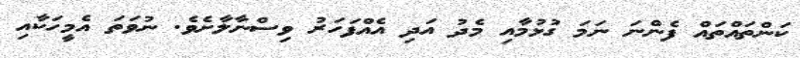
ކަންތައްތައް ފެންނަ ނަމަ ގުޅުމާއި މެދު އަދި އެއްފަހަރު ވިސްނާލާށެވެ. ނުވަތަ އެމީހަކާއި